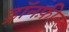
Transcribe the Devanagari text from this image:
ड्रॉनफ़ील्ड